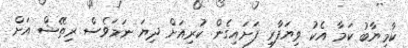
ކާމިޔާބު ކަމާ އެކު ވިޔަފާރި ފަށައިގެން ކުރިއަށް ދިޔަ ނަމަވެސް ރިތޭޝް އަށް